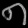
Digit: ၈